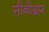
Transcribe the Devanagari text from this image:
सीनोंग्राम